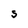
Character: S